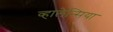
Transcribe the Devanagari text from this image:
व्हालेन्सिया